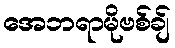
အေဘရာမိုဗစ်ချ်